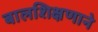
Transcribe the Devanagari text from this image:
बालशिक्षणाने